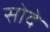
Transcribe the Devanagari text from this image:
सोदे